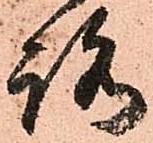
路